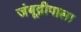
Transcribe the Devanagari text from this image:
जंबूद्वीपाला